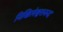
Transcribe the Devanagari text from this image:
निखिलेश्वरानन्द